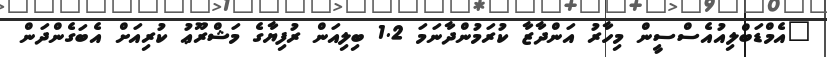
"އެމްޑަބްލިއުއެސްސީން މިހާރު އަންދާޒާ ކުރަމުންދާނަމަ 1.2 ބިލިއަން ރުފިޔާގެ މަޝްރޫޢު ކުރިއަށް އެބަގެންދަން